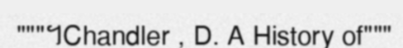
"""។Chandler , D. A History of"""